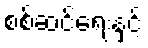
စစ်ဆင်ရေးနှင့်